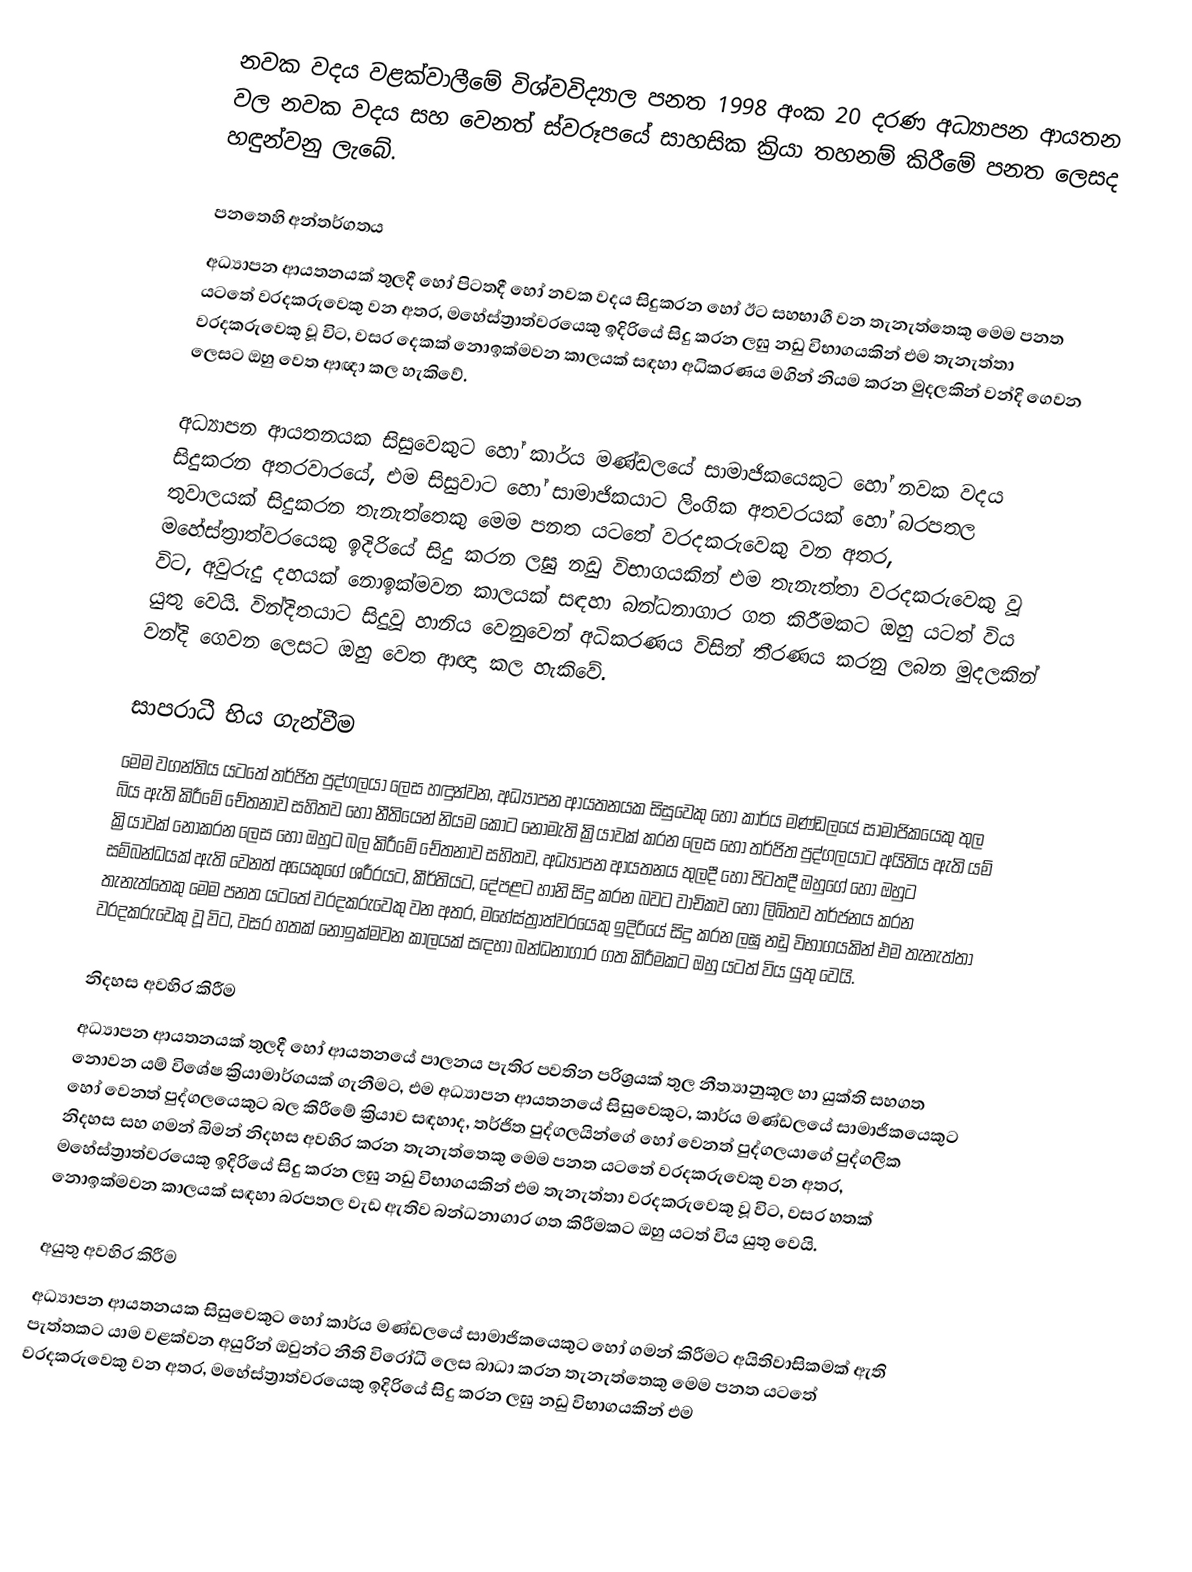
නවක වදය වළක්වාලීමේ විශ්වවිද්‍යාල පනත 1998 අංක 20 දරණ අධ්‍යාපන ආයතන වල නවක වදය සහ වෙනත් ස්වරූපයේ සාහසික ක්‍රියා තහනම් කිරීමේ පනත ලෙසද හඳුන්වනු ලැබේ.

පනතෙහි අන්තර්ගතය
අධ්‍යාපන ආයතනයක් තුලදී හෝ පිටතදී හෝ නවක වදය සිදුකරන හෝ ඊට සහභාගී වන තැනැත්තෙකු මෙම පනත යටතේ වරදකරුවෙකු වන අතර, මහේස්ත්‍රාත්වරයෙකු ඉදිරියේ සිදු කරන ලඝු නඩු විභාගයකින් එම තැනැත්තා වරදකරුවෙකු වූ විට, වසර දෙකක් නොඉක්මවන කාලයක් සඳහා අධිකරණය මගින් නියම කරන මුදලකින් වන්දි ගෙවන ලෙසට ඔහු වෙත ආඥා කල හැකිවේ.

අධ්‍යාපන ආයතනයක සිසුවෙකුට හෝ කාර්ය මණ්ඩලයේ සාමාජිකයෙකුට හෝ නවක වදය සිදුකරන අතරවාරයේ, එම සිසුවාට හෝ සාමාජිකයාට ලිංගික අතවරයක් හෝ බරපතල තුවාලයක් සිදුකරන තැනැත්තෙකු මෙම පනත යටතේ වරදකරුවෙකු වන අතර, මහේස්ත්‍රාත්වරයෙකු ඉදිරියේ සිදු කරන ලඝු නඩු විභාගයකින් එම තැනැත්තා වරදකරුවෙකු වූ විට, අවුරුදු දහයක් නොඉක්මවන කාලයක් සඳහා බන්ධනාගාර ගත කිරීමකට ඔහු යටත් විය යුතු වෙයි. වින්දිතයාට සිදුවූ හානිය වෙනුවෙන් අධිකරණය විසින් තීරණය කරනු ලබන මුදලකින් වන්දි ගෙවන ලෙසට ඔහු වෙත ආඥා කල හැකිවේ.

සාපරාධී භිය ගැන්වීම
මෙම වගන්තිය යටතේ තර්ජිත පුද්ගලයා ලෙස හඳුන්වන, අධ්‍යාපන ආයතනයක සිසුවෙකු හෝ කාර්ය මණ්ඩලයේ සාමාජිකයෙකු තුල බිය ඇති කිරීමේ චේතනාව සහිතව හෝ නීතියෙන් නියම කොට නොමැති ක්‍රියාවක් කරන ලෙස හෝ තර්ජිත පුද්ගලයාට අයිතිය ඇති යම් ක්‍රියාවක් නොකරන ලෙස හෝ ඔහුට බල කිරීමේ චේතනාව සහිතව, අධ්‍යාපන ආයතනය තුලදී හෝ පිටතදී ඔහුගේ හෝ ඔහුට සම්බන්ධයක් ඇති වෙනත් අයෙකුගේ ශරීරයට, කීර්තියට, දේපළට හානි සිදු කරන බවට වාචිකව හෝ ලිඛිතව තර්ජනය කරන තැනැත්තෙකු මෙම පනත යටතේ වරදකරුවෙකු වන අතර, මහේස්ත්‍රාත්වරයෙකු ඉදිරියේ සිදු කරන ලඝු නඩු විභාගයකින් එම තැනැත්තා වරදකරුවෙකු වූ විට, වසර හතක් නොඉක්මවන කාලයක් සඳහා බන්ධනාගාර ගත කිරීමකට ඔහු යටත් විය යුතු වෙයි.

නිදහස අවහිර කිරීම
අධ්‍යාපන ආයතනයක් තුලදී හෝ ආයතනයේ පාලනය පැතිර පවතින පරිශ්‍රයක් තුල නීත්‍යානුකූල හා යුක්ති සහගත නොවන යම් විශේෂ ක්‍රියාමාර්ගයක් ගැනීමට, එම අධ්‍යාපන ආයතනයේ සිසුවෙකුට, කාර්ය මණ්ඩලයේ සාමාජිකයෙකුට හෝ වෙනත් පුද්ගලයෙකුට බල කිරීමේ ක්‍රියාව සඳහාද, තර්ජිත පුද්ගලයින්ගේ හෝ වෙනත් පුද්ගලයාගේ පුද්ගලික නිදහස සහ ගමන් බිමන් නිදහස අවහිර කරන තැනැත්තෙකු මෙම පනත යටතේ වරදකරුවෙකු වන අතර, මහේස්ත්‍රාත්වරයෙකු ඉදිරියේ සිදු කරන ලඝු නඩු විභාගයකින් එම තැනැත්තා වරදකරුවෙකු වූ විට, වසර හතක් නොඉක්මවන කාලයක් සඳහා බරපතල වැඩ ඇතිව බන්ධනාගාර ගත කිරීමකට ඔහු යටත් විය යුතු වෙයි.

අයුතු අවහිර කිරීම
අධ්‍යාපන ආයතනයක සිසුවෙකුට හෝ කාර්ය මණ්ඩලයේ සාමාජිකයෙකුට හෝ ගමන් කිරීමට අයිතිවාසිකමක් ඇති පැත්තකට යාම වළක්වන අයුරින් ඔවුන්ට නීති විරෝධී ලෙස බාධා කරන තැනැත්තෙකු මෙම පනත යටතේ වරදකරුවෙකු වන අතර, මහේස්ත්‍රාත්වරයෙකු ඉදිරියේ සිදු කරන ලඝු නඩු විභාගයකින් එම